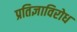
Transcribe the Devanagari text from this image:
प्रतिज्ञाविरोध